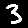
Digit: 3